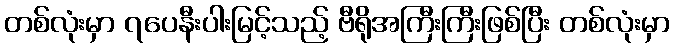
တစ်လုံးမှာ ၇ပေနီးပါးမြင့်သည့် ဗီရိုအကြီးကြီးဖြစ်ပြီး တစ်လုံးမှာ